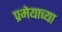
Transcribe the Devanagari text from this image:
प्रमेयाच्या